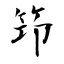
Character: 笻